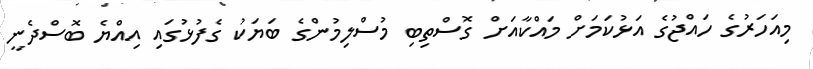
މިއަހަރުގެ ހައްޖުގެ އަޅުކަމަށް މައްކާއަށް ގޮސްތިބި މުސްލިމުންގެ ބަޔަކު ގެފުޅުގައި އިއްޔެ ބޮސްދެނީ